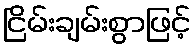
ငြိမ်းချမ်းစွာဖြင့်